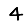
Digit: 4